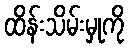
ထိန်းသိမ်းမှုကို